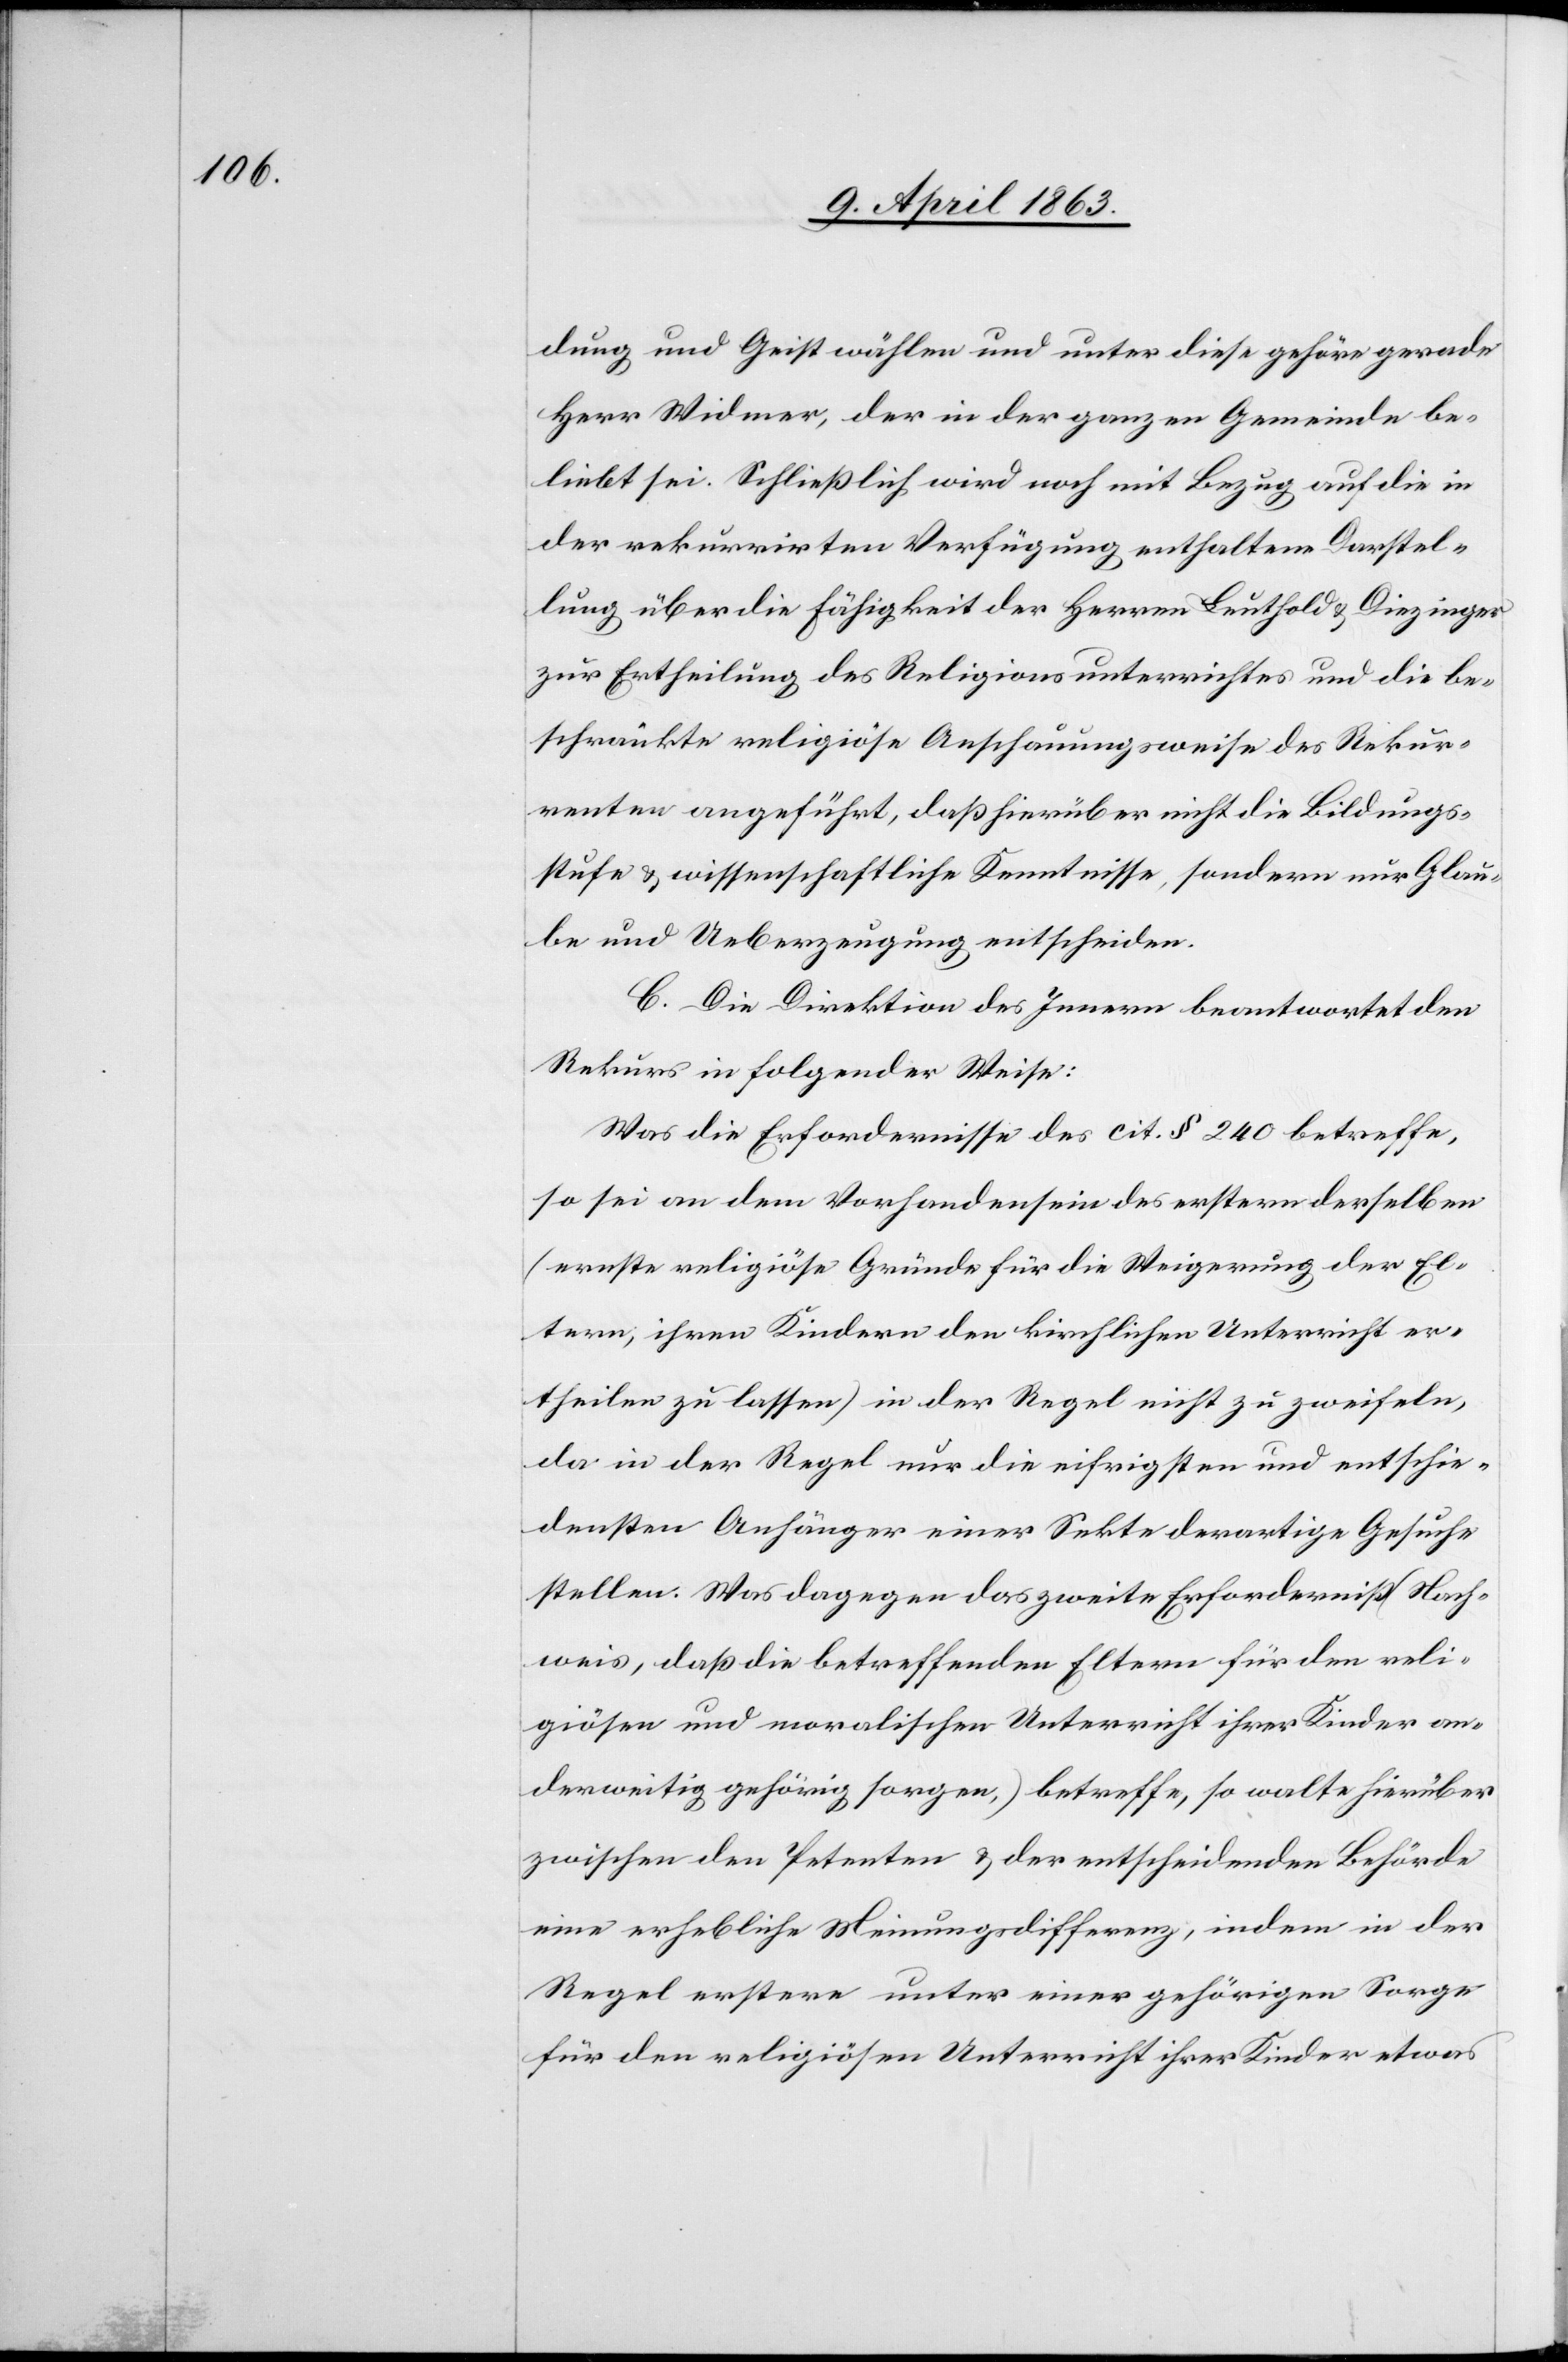
dung und Geist wählen und unter diese gehöre gerade
Herr Widmer, der in der ganzen Gemeinde be¬
liebt sei. Schließlich wird noch mit Bezug auf die in
der rekurrirten Verfügung enthaltene Darstel¬
lung über die Fähigkeit der Herren Leuthold & Diezinger
zur Ertheilung des Religionsunterrichtes und die be¬
schränkte religiöse Anschauungsweise des Rekur¬
renten angeführt, daß hierüber nicht die Bildungs¬
stufe & wissenschaftliche Kenntnisse, sondern nur Glau¬
be und Ueberzeugung entscheiden.
C. Die Direktion des Innern beantwortet den
Rekurs in folgender Weise:
Was die Erfordernisse des cit. § 240 betreffe,
so sei an dem Vorhandensein des erstern derselben
(ernste religiöse Gründe für die Weigerung der El¬
tern, ihren Kindern den kirchlichen Unterricht er¬
theilen zu lassen) in der Regel nicht zu zweifeln,
da in der Regel nur die eifrigsten und entschie¬
densten Anhänger einer Sekte derartige Gesuche
stellen. Was dagegen das zweite Erforderniß (Nach¬
weis, daß die betreffenden Eltern für den reli¬
giösen und moralischen Unterricht ihrer Kinder an¬
derweitig gehörig sorgen,) betreffe, so walte hierüber
zwischen den Petenten & der entscheidenden Behörde
eine erhebliche Meinungsdifferenz, indem in der
Regel erstere unter einer gehörigen Sorge
für den religiösen Unterricht ihrer Kinder etwas